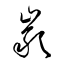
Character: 巖